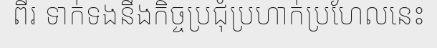
ពីរ ទាក់ទងនឹងកិច្ចប្រជុំប្រហាក់ប្រហែលនេះ